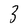
Character: 3